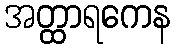
အတ္ထာရကေန